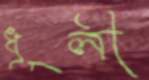
ধূলী